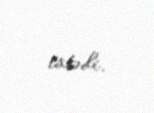
istədi.